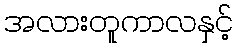
အလားတူကာလနှင့်